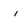
Character: i